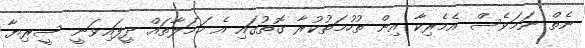
ނެތް ނަމަވެސް އެމެރިކާ އިން ތުހުމަތުކުރާ ގޮތުގައި އެ ހަމަލާތައް ދީފައިވަނީ ސީރިޔާ